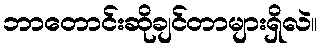
ဘာတောင်းဆိုချင်တာများရှိလဲ။